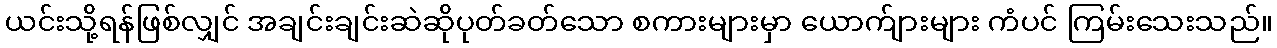
ယင်းသို့ရန်ဖြစ်လျှင် အချင်းချင်းဆဲဆိုပုတ်ခတ်သော စကားများမှာ ယောက်ျားများ ကံပင် ကြမ်းသေးသည်။